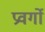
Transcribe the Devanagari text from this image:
प्रवर्गो